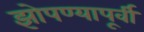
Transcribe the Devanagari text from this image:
झोपण्यापूर्वी